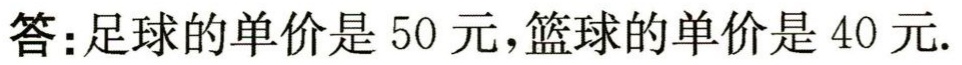
答：足球的单价是 50 元，篮球的单价是 40 元.